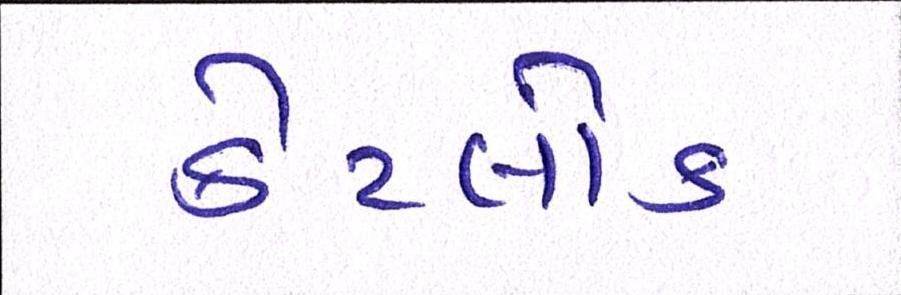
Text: કેટલોક